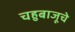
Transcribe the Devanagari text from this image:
चहुबाजूचे